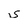
Character: S